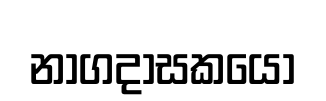
නාගදාසකයෝ